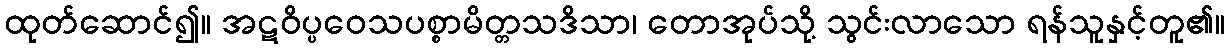
ထုတ်ဆောင်၍။ အဋဝိပ္ပဝေသပစ္စာမိတ္တသဒိသာ၊ တောအုပ်သို့ သွင်းလာသော ရန်သူနှင့်တူ၏။